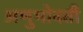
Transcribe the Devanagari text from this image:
अणुभोवती